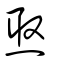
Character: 焣